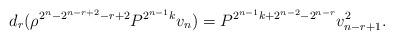
LaTeX: \begin{align*}d_r ( \rho^{2^n - 2^{n-r+2} - r + 2} P^{2^{n-1} k} v_n ) =P^{2^{n-1} k + 2^{n-2} - 2^{n-r}} v_{n-r+1}^2.\end{align*}